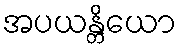
အပယန္တိယော